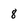
Character: 8